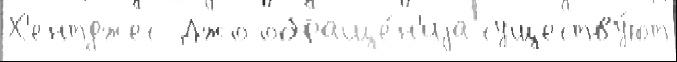
Х'ентджес Джо обраще́н'иjа существу́ют